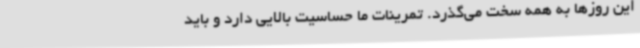
این روزها به همه سخت می‌گذرد. تمرینات ما حساسیت بالایی دارد و باید